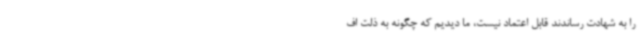
را به شهادت رساندند قابل اعتماد نیست، ما دیدیم که چگونه به ذلت اف